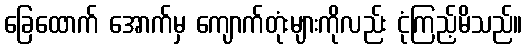
ခြေထောက် အောက်မှ ကျောက်တုံးများကိုလည်း ငုံကြည့်မိသည်။